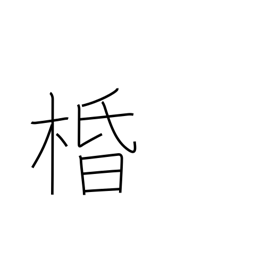
Meaning: silk tree